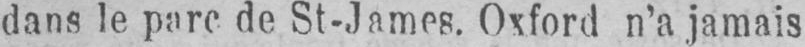
dans le parc de St-James. Oxford n’a jamais